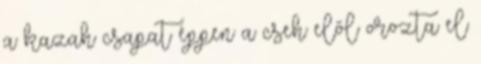
a kazah csapat éppen a cseh elől orozta el